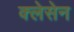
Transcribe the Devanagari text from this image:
क्लेसेन